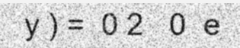
y ) =  0 2   0  e